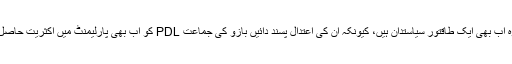
تاہم وہ اب بھی ایک طاقتور سیاستدان ہیں، کیونکہ ان کی اعتدال پسند دائیں بازو کی جماعت PDL کو اب بھی پارلیمنٹ میں اکثریت حاصل ہے۔